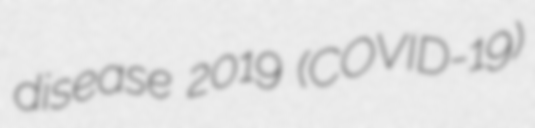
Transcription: disease 2019 (COVID-19)